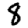
Digit: 8